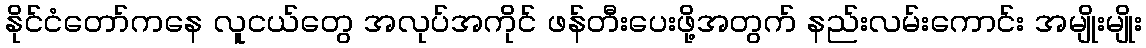
နိုင်ငံတော်ကနေ လူငယ်တွေ အလုပ်အကိုင် ဖန်တီးပေးဖို့အတွက် နည်းလမ်းကောင်း အမျိုးမျိုး